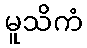
မူသိကံ